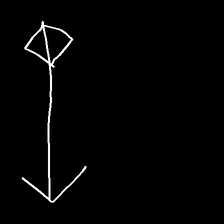
Glyph: focus